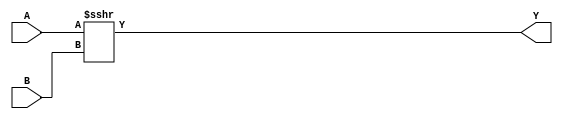
module techlib_sshr (A, B, Y);
parameter A_SIGNED = 0;
parameter B_SIGNED = 0;
parameter A_WIDTH = 0;
parameter B_WIDTH = 0;
parameter Y_WIDTH = 0;
input [A_WIDTH-1:0] A;
input [B_WIDTH-1:0] B;
output [Y_WIDTH-1:0] Y;
generate
	if (A_SIGNED) begin:BLOCK1
		assign Y = $signed(A) >>> B;
	end else begin:BLOCK2
		assign Y = A >>> B;
	end
endgenerate
endmodule